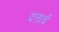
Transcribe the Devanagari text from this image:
दत्ताचें